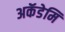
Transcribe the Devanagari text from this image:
अकॅडेमि